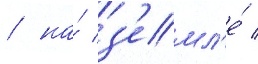
/ на́ з'емл'е́ /